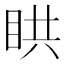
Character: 䀧